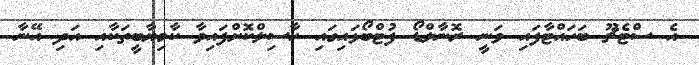
އެ ސްޓެޗޫ ބަހައްޓާފައި ވަނީ ރޮނާލްޑޯ ފުޓްބޯޅައިގައި ހާސިލްކޮށްފައިވާ ކާމިޔާބީތަކާއި އަދި އޭނާ